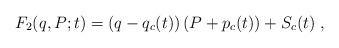
LaTeX: \begin{align*}F_2(q,P;t)=\left( q-q_c(t)\right) \left( P+p_c(t)\right)+S_c(t)\;,\end{align*}